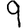
Digit: 9